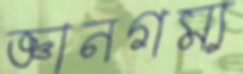
জ্ঞানগম্য